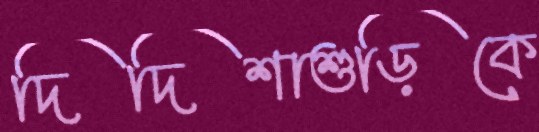
দিদিশাশুড়িকে